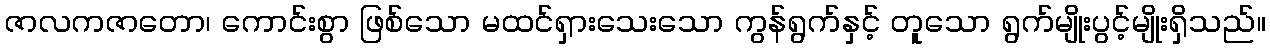
ဇာလကဇာတော၊ ကောင်းစွာ ဖြစ်သော မထင်ရှားသေးသော ကွန်ရွက်နှင့် တူသော ရွက်မျိုးပွင့်မျိုးရှိသည်။